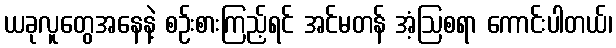
ယခုလူတွေအနေနဲ့ စဉ်းစားကြည့်ရင် အင်မတန် အံ့ဩစရာ ကောင်းပါတယ်၊